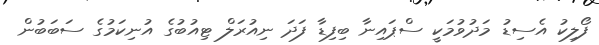
ފޯލިކު އެސިޑު މަދުވުމަކީ ސްޕައިނާ ބިފިޑާ ފަދަ ނިއުރަލް ޓިއުބުގެ އުނިކަމުގެ ސަބަބުން